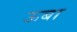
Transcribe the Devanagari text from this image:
ऊबा